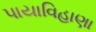
પાયાવિહાણા